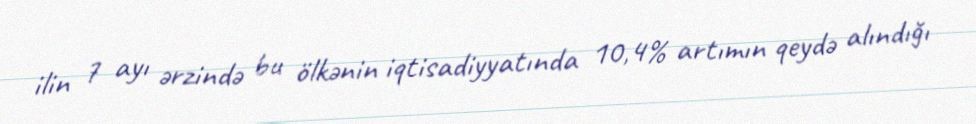
ilin 7 ayı ərzində bu ölkənin iqtisadiyyatında 10,4% artımın qeydə alındığı